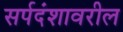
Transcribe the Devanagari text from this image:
सर्पदंशावरील